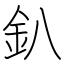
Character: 釟